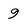
Character: 9